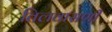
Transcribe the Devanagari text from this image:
तिलवासणी